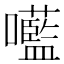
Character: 㘕